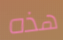
هذه